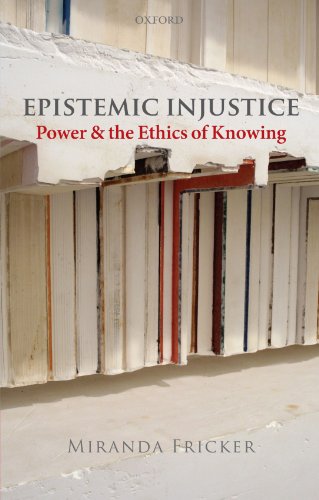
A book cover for Epistemic Injustice: Power and the Ethics of Knowing; Miranda Fricker; Politics & Social Sciences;